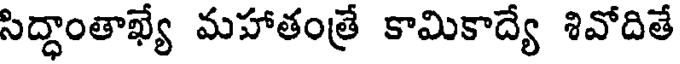
సిద్ధాంతాఖ్యే మహాతంత్రే కామికాద్యే శివోదితే